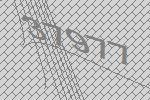
37977